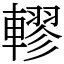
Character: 轇